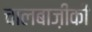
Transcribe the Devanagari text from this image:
चालबाज़ीकी